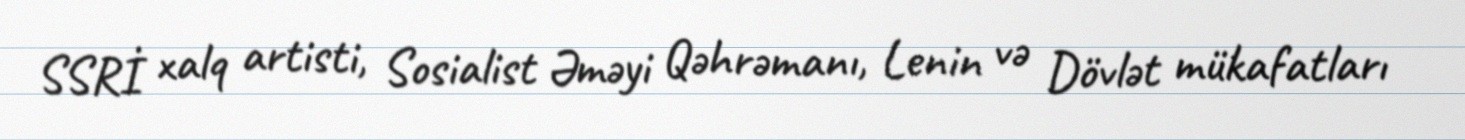
SSRİ xalq artisti, Sosialist Əməyi Qəhrəmanı, Lenin və Dövlət mükafatları